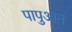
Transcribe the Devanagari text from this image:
पापुआन